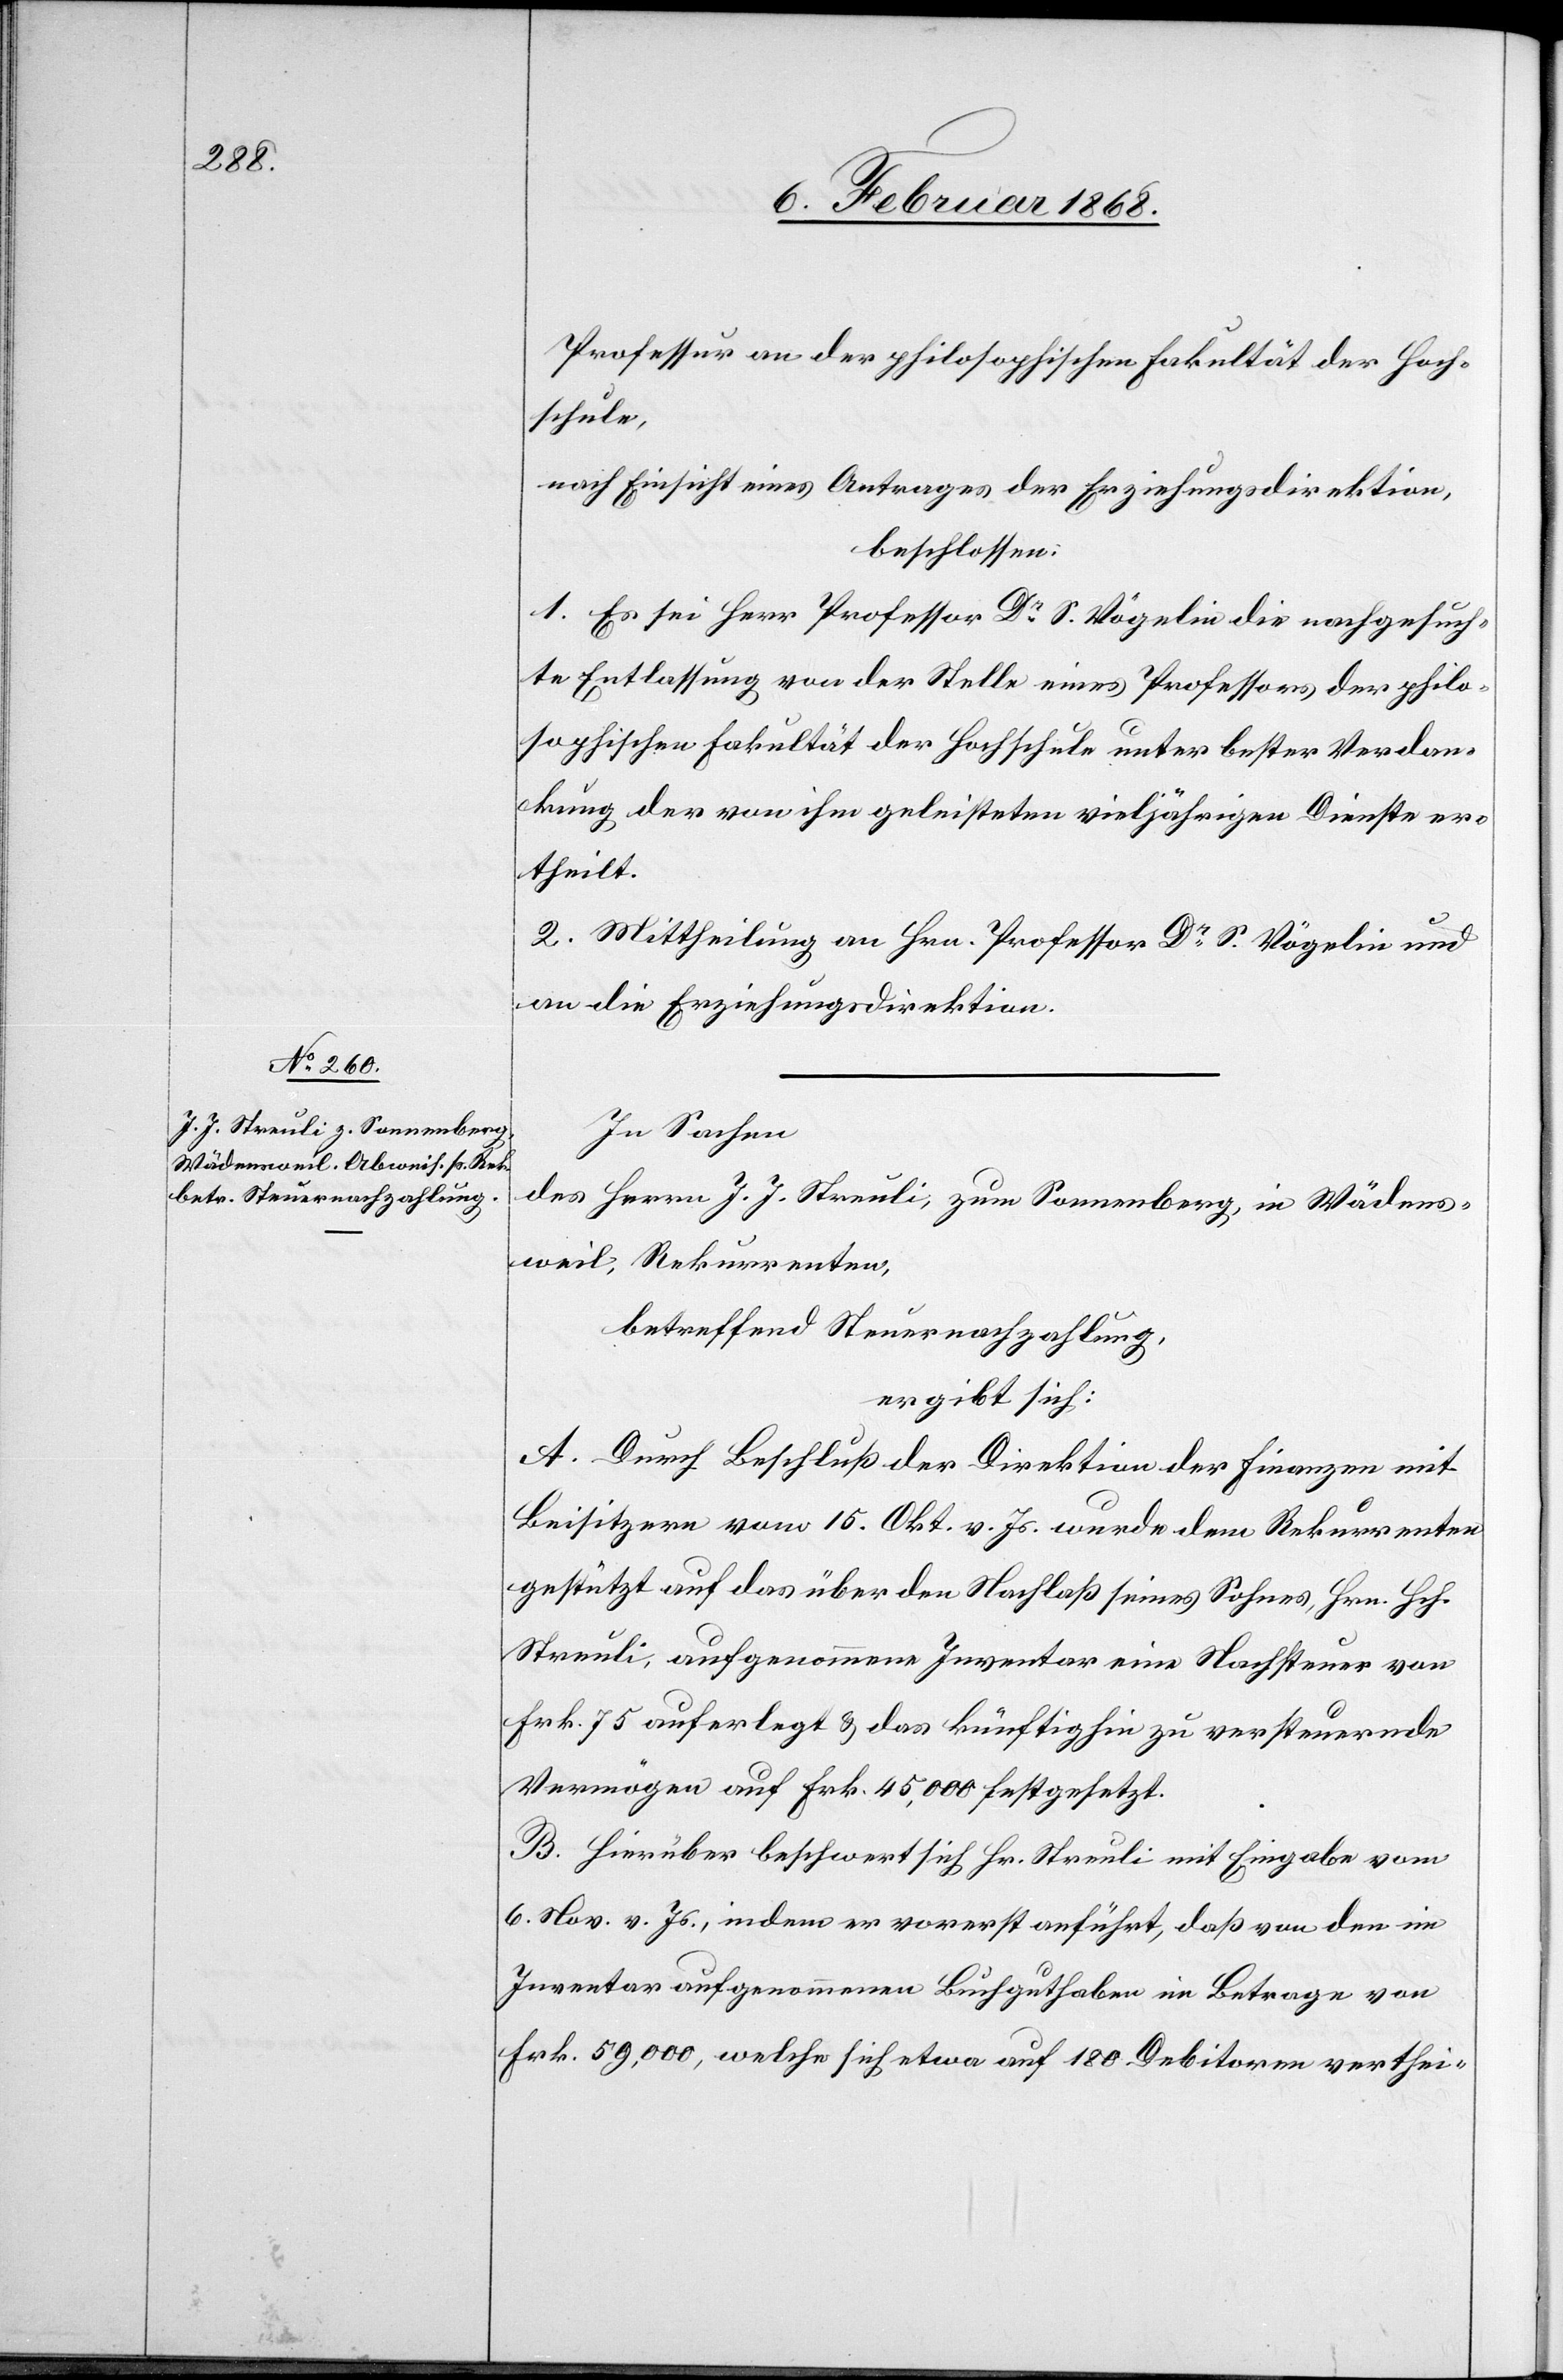
Professur an der philosophischen Fakultät der Hoch¬
schule,
nach Einsicht eines Antrages der Erziehungsdirektion,
beschlossen:
1. Es sei Herr Professor Dr. S. Vögelin die nachgesuch¬
te Entlassung von der Stelle eines Professors der philo¬
sophischen Fakultät der Hochschule unter bester Verdan¬
kung der von ihm geleisteten vieljährigen Dienste er¬
theilt.
2. Mittheilung an Hrn. Professor Dr. S. Vögelin und
an die Erziehungsdirektion.
In Sachen
des Herrn J. J. Streuli, zum Sonnenberg, in Wädens¬
weil, Rekurrenten,
betreffend Steuernachzahlung,
ergibt sich:
A. Durch Beschluß der Direktion der Finanzen mit
Beisitzern vom 15. Okt. v. Js. wurde dem Rekurrenten
gestützt auf das über den Nachlaß seines Sohnes, Hrn. Hch.
Streuli, aufgenommene Inventar eine Nachsteuer von
Frk. 75 auferlegt & das künftighin zu versteuernde
Vermögen auf Frk. 45,000 festgesetzt.
B. Hierüber beschwert sich Hr. Streuli mit Eingabe vom
6. Nov. v. Js., indem er vorerst anführt, daß von den im
Inventar aufgenommenen Buchguthaben im Betrage von
Frk. 59,000, welche sich etwa auf 180 Debitoren verthei-